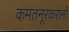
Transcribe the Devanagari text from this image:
कमतनूरकरांनी